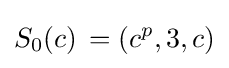
S_{0}(c)\!\ =(c^{p},3,c)